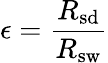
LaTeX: \epsilon={\frac{R_{\mathrm{sd}}}{R_{\mathrm{sw}}}}